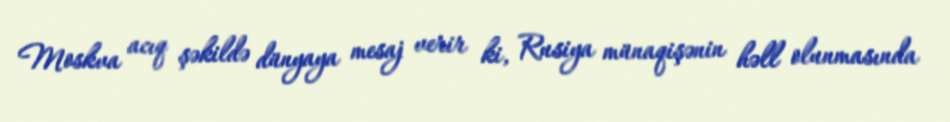
Moskva acıq şəkildə dünyaya mesaj verir ki, Rusiya münaqişənin həll olunmasında